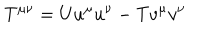
T ^ { \mu \nu } = U u ^ { \mu } u ^ { \nu } - T v ^ { \mu } v ^ { \nu }